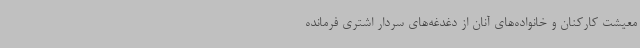
معیشت کارکنان و خانواده‌های آنان از دغدغه‌های سردار اشتری فرمانده